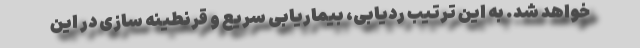
خواهد شد. به این ترتیب ردیابی، بیماریابی سریع و قرنطینه سازی در این